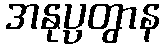
အနုပ္ပတွာန